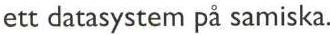
ett datasystem på samiska.